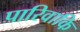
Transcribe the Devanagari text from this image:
पारिवाकि